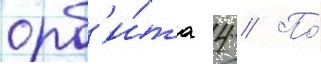
орб'и́та 4 // По́